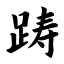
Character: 踌